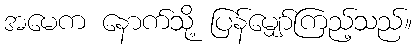
အမေက နောက်သို့ ပြန်မျှော်ကြည့်သည်။